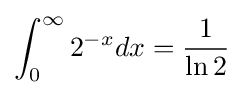
\int _{0}^{\infty }2^{-x}dx={\frac {1}{\ln 2}}